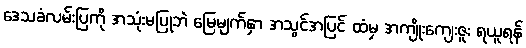
ဒေသခံလမ်းပြကို အသုံးမပြုဘဲ မြေမျက်နှာ အသွင်အပြင် ထံမှ အကျိုးကျေးဇူး ရယူရန်